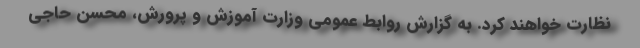
نظارت خواهند کرد. به گزارش روابط عمومی وزارت آموزش و پرورش، محسن حاجی